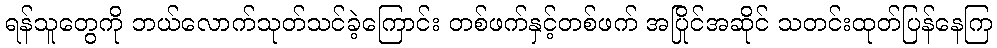
ရန်သူတွေကို ဘယ်လောက်သုတ်သင်ခဲ့ကြောင်း တစ်ဖက်နှင့်တစ်ဖက် အပြိုင်အဆိုင် သတင်းထုတ်ပြန်နေကြ